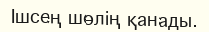
Ӏшсең шөлің қанады.